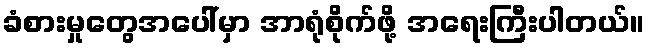
ခံစားမှုတွေအပေါ်မှာ အာရုံစိုက်ဖို့ အရေးကြီးပါတယ်။